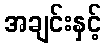
အချင်းနှင့်